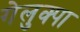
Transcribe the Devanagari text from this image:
गेलुक्पा